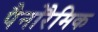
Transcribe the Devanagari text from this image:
पैनोरैमिक